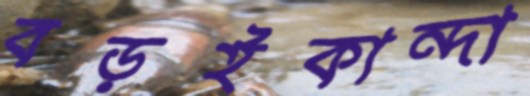
বড়ইকান্দা